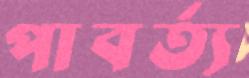
পাবর্ত্য